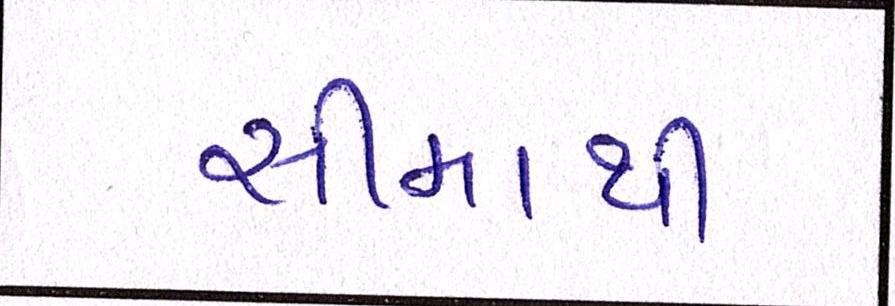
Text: સીમાથી